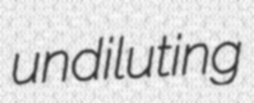
undiluting